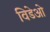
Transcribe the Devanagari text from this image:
विडेओ